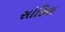
સોહિલ